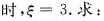
时，$$\xi = 3$$. 求：